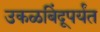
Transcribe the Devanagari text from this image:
उकळबिंदूपर्यंत